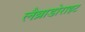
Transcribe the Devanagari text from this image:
लैब्राडोराइट